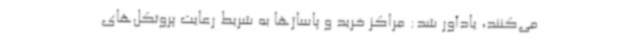
می‌کنند، یادآور شد: مراکز خرید و پاساژها به شریط رعایت پروتکل‌های